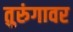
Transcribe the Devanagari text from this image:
तुरुंगावर